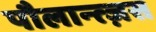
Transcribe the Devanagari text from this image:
पौलान्त्ज़स